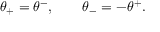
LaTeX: \theta _ { + } = \theta ^ { - } , \qquad \theta _ { - } = - \theta ^ { + } .